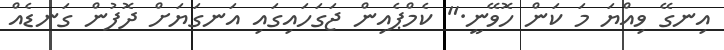
އިނގޭ ވިއްޔަ މަ ކަން ހޮވޭނީ." ކެމްޕެއިން ޖަގަހައިގައި އަނގަޔަށް ދޮފުން ގަނޑެއް